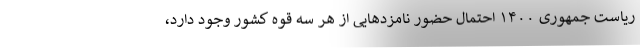
ریاست جمهوری ۱۴۰۰ احتمال حضور نامزدهایی از هر سه قوه کشور وجود دارد،